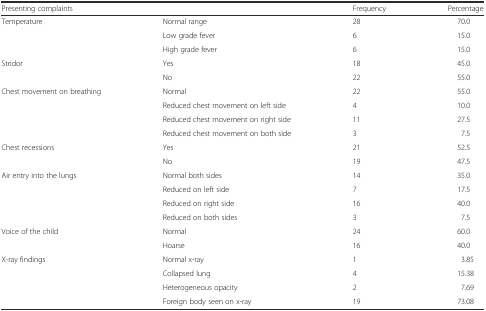
| Presenting complaints |  | Frequency | Percentage |
 | --- | --- | --- | --- |
 | <ROWSPAN=3> Temperature | Normal range | 28 | 70.0 |
 | Low grade fever | 6 | 15.0 |
 | High grade fever | 6 | 15.0 |
 | <ROWSPAN=2> Stridor | Yes | 18 | 45.0 |
 | No | 22 | 55.0 |
 | <ROWSPAN=4> Chest movement on breathing | Normal | 22 | 55.0 |
 | Reduced chest movement on left side | 4 | 10.0 |
 | Reduced chest movement on right side | 11 | 27.5 |
 | Reduced chest movement on both side | 3 | 7.5 |
 | <ROWSPAN=2> Chest recessions | Yes | 21 | 52.5 |
 | No | 19 | 47.5 |
 | <ROWSPAN=4> Air entry into the lungs | Normal both sides | 14 | 35.0 |
 | Reduced on left side | 7 | 17.5 |
 | Reduced on right side | 16 | 40.0 |
 | Reduced on both sides | 3 | 7.5 |
 | <ROWSPAN=2> Voice of the child | Normal | 24 | 60.0 |
 | Hoarse | 16 | 40.0 |
 | <ROWSPAN=4> X-ray findings | Normal x-ray | 1 | 3.85 |
 | Collapsed lung | 4 | 15.38 |
 | Heterogeneous opacity | 2 | 7.69 |
 | Foreign body seen on x-ray | 19 | 73.08 |